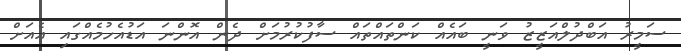
ސަމީރު އަބްދުލްއަޒީޒު ވަނީ ބައެއް ކަންތައްތައް ސާފުކުރުމަށް ދެން އޮންނަ އަޑުއެހުމެއްގައި އެއަށް